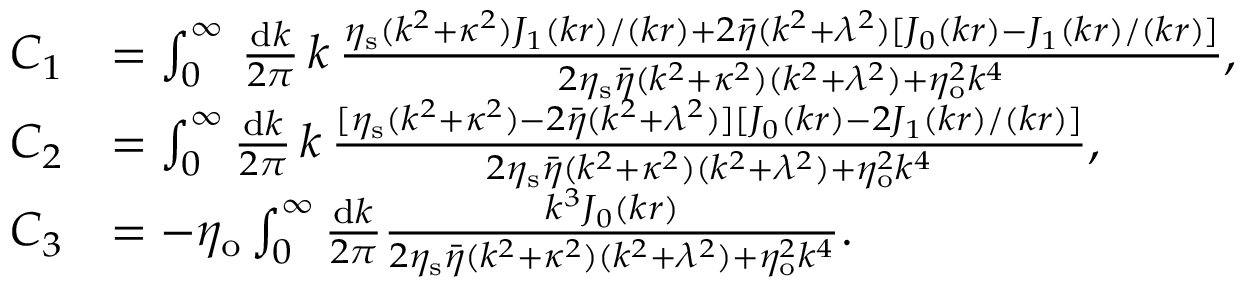
\begin{array} { r l } { C _ { 1 } } & { = \int _ { 0 } ^ { \infty } \, \frac { \mathrm { d } k } { 2 \pi } \, k \, \frac { \eta _ { \mathrm { s } } ( k ^ { 2 } + \kappa ^ { 2 } ) J _ { 1 } ( k r ) / ( k r ) + 2 \bar { \eta } ( k ^ { 2 } + \lambda ^ { 2 } ) [ J _ { 0 } ( k r ) - J _ { 1 } ( k r ) / ( k r ) ] } { 2 \eta _ { \mathrm { s } } \bar { \eta } ( k ^ { 2 } + \kappa ^ { 2 } ) ( k ^ { 2 } + \lambda ^ { 2 } ) + \eta _ { \mathrm { o } } ^ { 2 } k ^ { 4 } } , } \\ { C _ { 2 } } & { = \int _ { 0 } ^ { \infty } \frac { \mathrm { d } k } { 2 \pi } \, k \, \frac { [ \eta _ { \mathrm { s } } ( k ^ { 2 } + \kappa ^ { 2 } ) - 2 \bar { \eta } ( k ^ { 2 } + \lambda ^ { 2 } ) ] [ J _ { 0 } ( k r ) - 2 J _ { 1 } ( k r ) / ( k r ) ] } { 2 \eta _ { \mathrm { s } } \bar { \eta } ( k ^ { 2 } + \kappa ^ { 2 } ) ( k ^ { 2 } + \lambda ^ { 2 } ) + \eta _ { \mathrm { o } } ^ { 2 } k ^ { 4 } } , } \\ { C _ { 3 } } & { = - \eta _ { \mathrm { o } } \int _ { 0 } ^ { \infty } \frac { \mathrm { d } k } { 2 \pi } \frac { k ^ { 3 } J _ { 0 } ( k r ) } { 2 \eta _ { \mathrm { s } } \bar { \eta } ( k ^ { 2 } + \kappa ^ { 2 } ) ( k ^ { 2 } + \lambda ^ { 2 } ) + \eta _ { \mathrm { o } } ^ { 2 } k ^ { 4 } } . } \end{array}